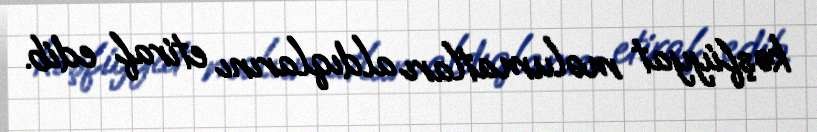
kəşfiyyat məlumatları aldıqlarını etiraf edib.